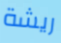
ريشة